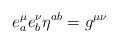
LaTeX: \begin{align*}e^{\mu }_{a}e^{\nu }_{b}\eta ^{ab}=g^{\mu \nu }\end{align*}